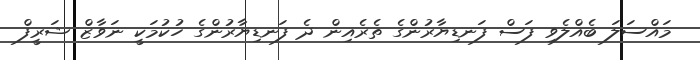
މައްސަލަ ބެއްލެވި ފަސް ފަނޑިޔާރުންގެ ތެރެއިން ދެ ފަނޑިޔާރުންގެ ހުކުމަކީ ނަވާޒް ޝަރީފް